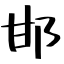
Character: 邯